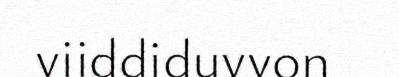
viiddiduvvon